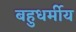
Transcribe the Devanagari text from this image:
बहुधर्मीय